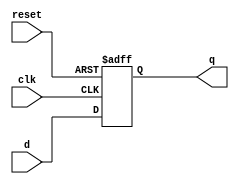
module sequential_logic_block(
    input wire clk,
    input wire reset,
    input wire d,
    output reg q
);

reg q_temp;

always @(posedge clk or posedge reset) begin
    if (reset) begin
        q_temp <= 1'b0;
    end else begin
        q_temp <= d;
    end
end

assign q = q_temp;

endmodule